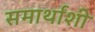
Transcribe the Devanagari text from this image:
समार्थांशी